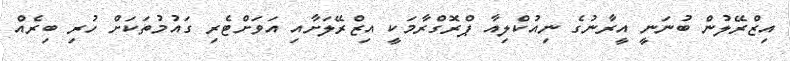
އިޒްރޭލުން ބުނަނީ އީރާނުގެ ނިއުކްލިއާ ޕްރޮގްރާމަކީ އިޒްރޭލަށާއި އަވަށްޓެރި ގައުމުތަކަށް ހުރި ބިރެއް